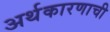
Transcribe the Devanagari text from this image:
अर्थकारणाची